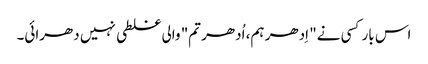
اس بار کسی نے" اِدھر ہم، اُدھر تم" والی غلطی نہیں دھرائی۔